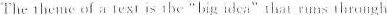
The the e of a texī is the "big idea"that runs through